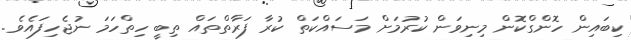
ކިބައިން ހޮންގްކޮން މިނިވަން ކުރުމަށް މަސައްކަތް ކުރާ ފަރާތްތައް ތިބީ ހިތްހަމަ ނުޖެހިފައެވެ.